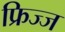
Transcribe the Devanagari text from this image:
फ्रिज्ज